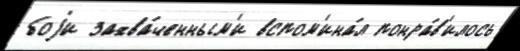
боjи захва́ченным'и вспом'ина́л понра́в'илось